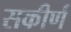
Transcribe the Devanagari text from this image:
सकीर्ण